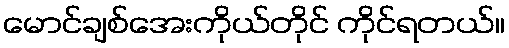
မောင်ချစ်အေးကိုယ်တိုင် ကိုင်ရတယ်။